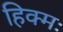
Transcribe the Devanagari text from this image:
हिक्मः